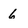
Character: 6